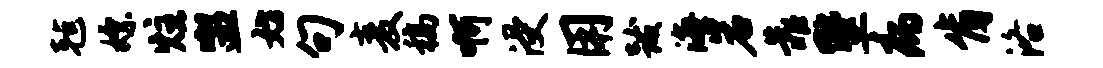
毡嫖炷盥妨句麦稿啊浸用跋海岩靠墅病肯洛